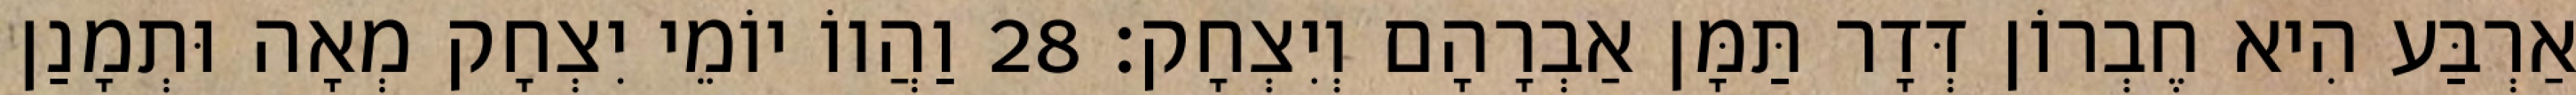
אַרְבַּע הִיא חֶבְרוֹן דְּדָר תַּמָּן אַבְרָהָם וְיִצְחָק׃ 28 וַהֲווֹ יוֹמֵי יִצְחָק מְאָה וּתְמָנַן